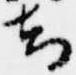
知